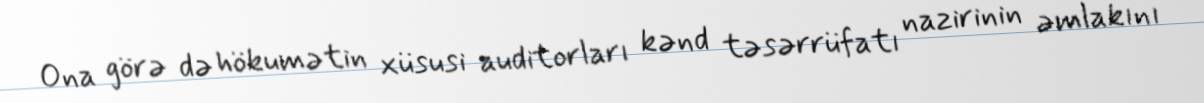
Ona görə də hökumətin xüsusi auditorları kənd təsərrüfatı nazirinin əmlakını